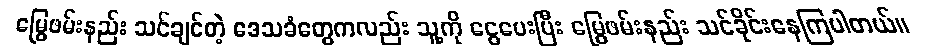
မြွေဖမ်းနည်း သင်ချင်တဲ့ ဒေသခံတွေကလည်း သူ့ကို ငွေပေးပြီး မြွေဖမ်းနည်း သင်ခိုင်းနေကြပါတယ်။